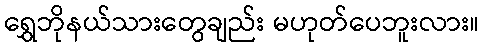
ရွှေဘိုနယ်သားတွေချည်း မဟုတ်ပေဘူးလား။